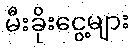
မီးခိုးငွေ့များ